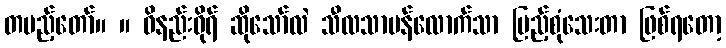
တပည့်တော်။ ။ ဝိနည်းဓိုရ် ဆိုသော်လဲ သီလသာမန်လောက်သာ ပြည့်စုံသေးတာ ဖြစ်ရတော့